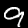
Digit: 9